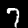
Digit: 7